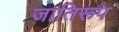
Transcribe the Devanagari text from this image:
जातिरूप